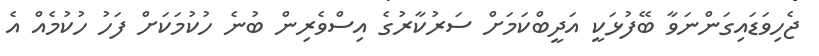
ޖެހިވަޑައިގަންނަވާ ބޭފުޅަކީ އަދީބްކަމަށް ސަރުކާރުގެ އިސްވެރިން ބުނެ ހުކުމަކަށް ފަހު ހުކުމެއް އެ